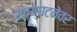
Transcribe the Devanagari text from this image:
सत्यघटनेवर